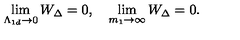
\lim _ { \Lambda _ { 1 d } \rightarrow 0 } W _ { \Delta } = 0 , \quad \lim _ { m _ { 1 } \rightarrow \infty } W _ { \Delta } = 0 .